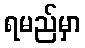
ရမည်မှာ